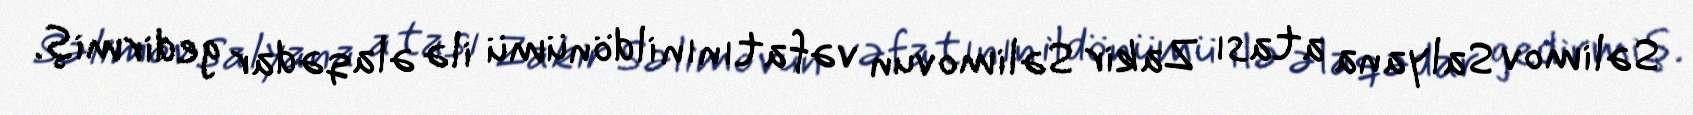
Səlimov Salyana atası Zakir Səlimovun vəfatının ildönümü ilə əlaqədar gedirmiş.